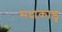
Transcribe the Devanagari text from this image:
सदाकाडु